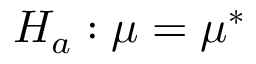
H _ { a } : \mu = \mu ^ { * }